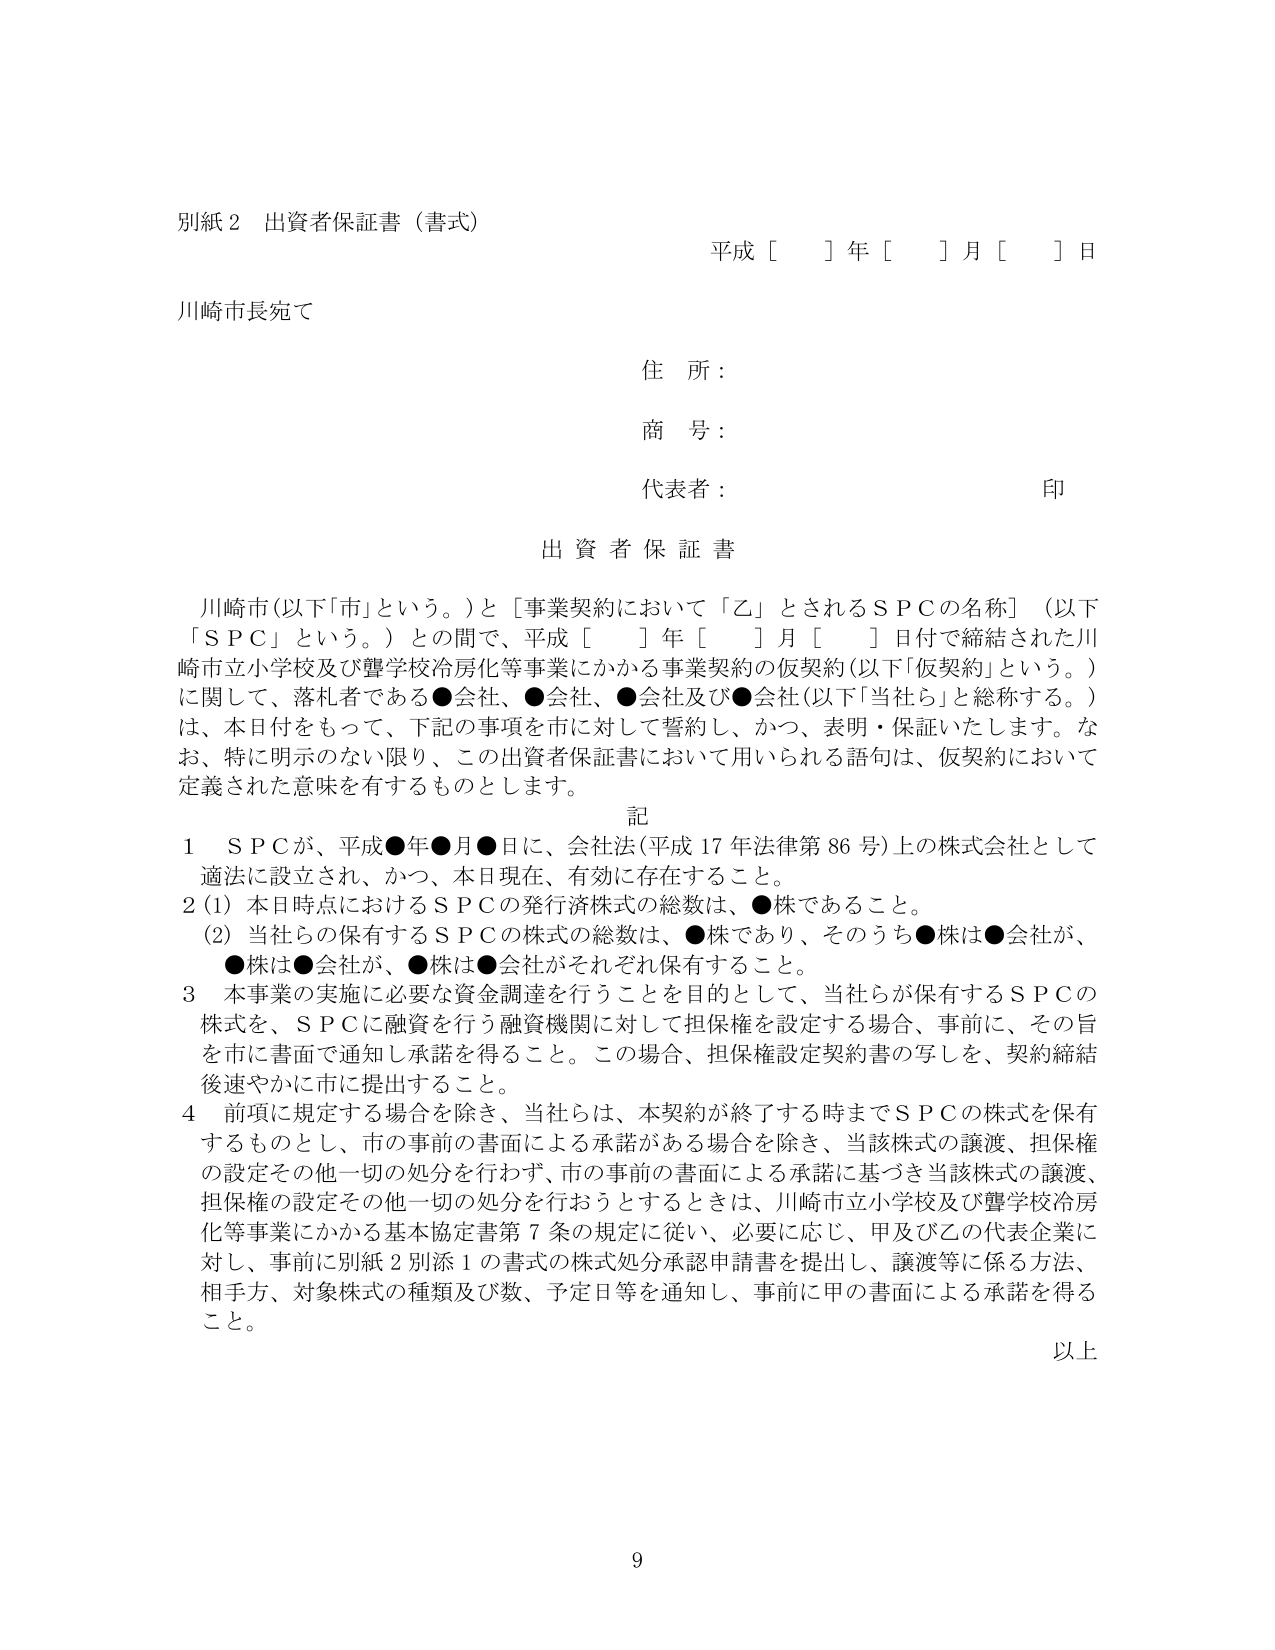
別紙２ 出資者保証書（書式）
平成［ ］年［ ］月［ ］日

川崎市長宛て

住 所：
商 号：
代表者： 印

出 資 者 保 証 書

川崎市（以下「市」という。）と［事業契約において「乙」とされるＳＰＣの名称］（以下「ＳＰＣ」という。）との間で、平成［ ］年［ ］月［ ］日付で締結された川崎市立小学校及び聾学校冷房化等事業にかかる事業契約の仮契約（以下「仮契約」という。）に関して、落札者である●会社、●会社、●会社及び●会社（以下「当社ら」と総称する。）は、本日付をもって、下記の事項を市に対して誓約し、かつ、表明・保証いたします。なお、特に明示のない限り、この出資者保証書において用いられる語句は、仮契約において定義された意味を有するものとします。

記

１ ＳＰＣが、平成●年●月●日に、会社法（平成17年法律第86号）上の株式会社として適法に設立され、かつ、本日現在、有効に存在すること。

２（1）本日時点におけるＳＰＣの発行済株式の総数は、●株であること。
（2）当社らの保有するＳＰＣの株式の総数は、●株であり、そのうち●株は●会社が、●株は●会社が、●株は●会社がそれぞれ保有すること。

３ 本事業の実施に必要な資金調達を行うことを目的として、当社らが保有するＳＰＣの株式を、ＳＰＣに融資を行う融資機関に対して担保権を設定する場合、事前に、その旨を市に書面で通知し承諾を得ること。この場合、担保権設定契約書の写しを、契約締結後速やかに市に提出すること。

４ 前項に規定する場合を除き、当社らは、本契約が終了する時までＳＰＣの株式を保有するものとし、市の事前の書面による承諾がある場合を除き、当該株式の譲渡、担保権の設定その他一切の処分を行わず、市の事前の書面による承諾に基づき当該株式の譲渡、担保権の設定その他一切の処分を行おうとするときは、川崎市立小学校及び聾学校冷房化等事業にかかる基本協定書第7条の規定に従い、必要に応じ、甲及び乙の代表企業に対し、事前に別紙2別添1の書式の株式処分承認申請書を提出し、譲渡等に係る方法、相手方、対象株式の種類及び数、予定日等を通知し、事前に甲の書面による承諾を得ること。

以上

9